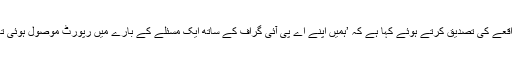
فیس بک کے ترجمان نے ایک بیان میں اس واقعے کی تصدیق کرتے ہوئے کہا ہے کہ ’ہمیں اپنے اے پی آئی گراف کے ساتھ ایک مسئلے کے بارے میں رپورٹ موصول ہوئی تھی جسے ہم نے فوری طور پر حل کر دیا تھا۔